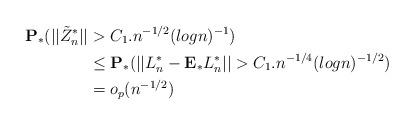
LaTeX: \begin{align*}\mathbf{P_*}(||\tilde{Z}_n^*||&>C_1.n^{-1/2}(logn)^{-1}) \\&\leq \mathbf{P_*}(||L_n^* - \mathbf{E_*}L_n^*||>C_1.n^{-1/4}(log n)^{-1/2}) \\&= o_p(n^{-1/2})\end{align*}